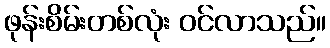
ဖုန်းစိမ်းတစ်လုံး ဝင်လာသည်။